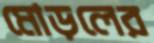
মোড়লের